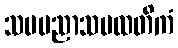
သမပညာသမထတိကံ